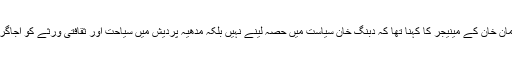
سیاسی میدان میں انٹری یا کانگریس میں شمولیت کے حوالے سے سلمان خان کے مینیجر کا کہنا تھا کہ دبنگ خان سیاست میں حصہ لینے نہیں بلکہ مدھیہ پردیش میں سیاحت اور ثقافتی ورثے کو اجاگر کرنے کے حوالے سے منعقدہ پروگرام میں شرکت کرنے آرہے ہیں۔